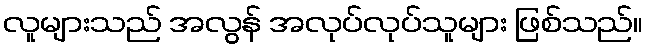
လူများသည် အလွန် အလုပ်လုပ်သူများ ဖြစ်သည်။